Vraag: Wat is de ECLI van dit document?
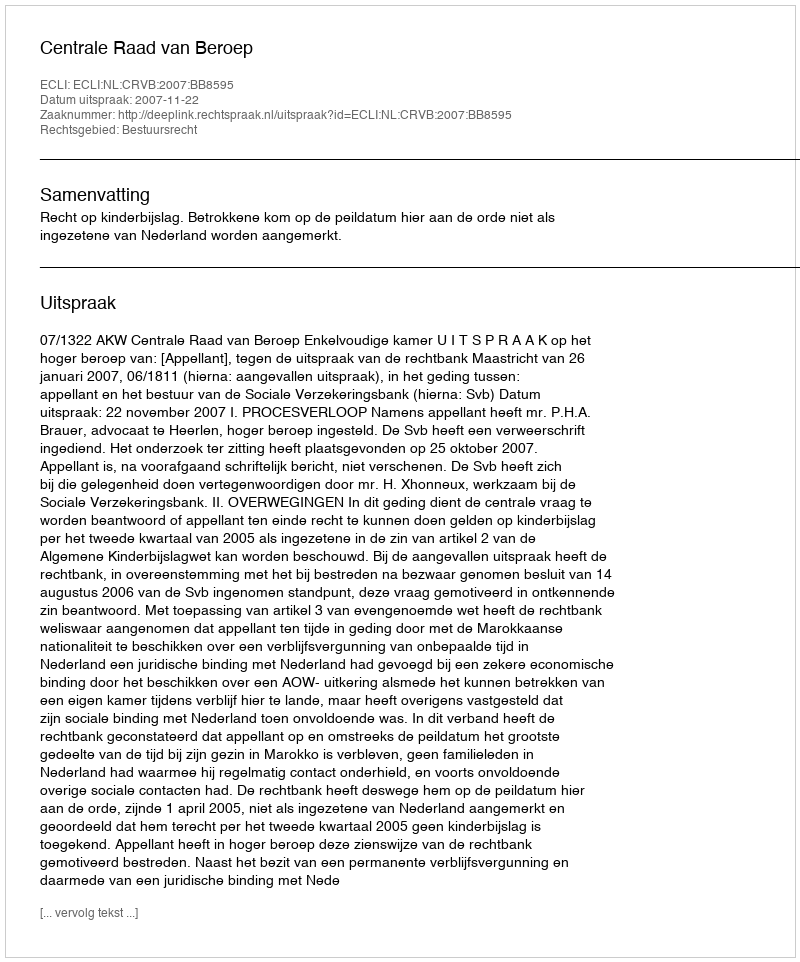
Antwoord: ECLI:NL:CRVB:2007:BB8595